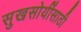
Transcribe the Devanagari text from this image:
सुखसोयींसाठी